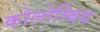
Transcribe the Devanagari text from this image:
कोलोम्बिय